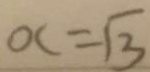
O C = \sqrt { 3 }